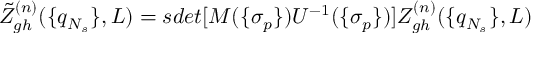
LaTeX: \tilde { Z } _ { g h } ^ { ( n ) } ( \{ q _ { N _ { s } } \} , L ) = s d e t [ M ( \{ \sigma _ { p } \} ) U ^ { - 1 } ( \{ \sigma _ { p } \} ) ] Z _ { g h } ^ { ( n ) } ( \{ q _ { N _ { s } } \} , L )